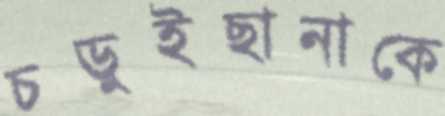
চড়ুইছানাকে